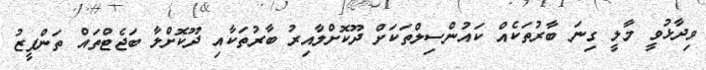
ވިދާޅުވީ މާލީ ގިނަ ބާރުތަކެއް ކައުންސިލްތަކަށް ދޫކޮށްލާއިރު ބާރުތަކާއި ދޫކޮށްލާ ބަޖެޓްތައް ތަންފީޒު